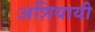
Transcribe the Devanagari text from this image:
अशियायी